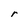
Character: r